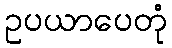
ဥပယာပေတုံ